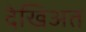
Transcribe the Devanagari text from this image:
देखिअत